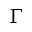
\Gamma